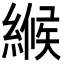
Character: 𦃺